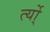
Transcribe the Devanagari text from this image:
र्त्यो्